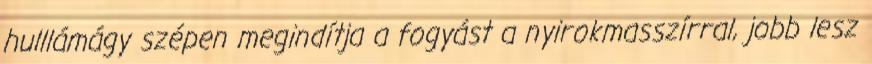
hulllámágy szépen megindítja a fogyást a nyirokmasszírral, jobb lesz